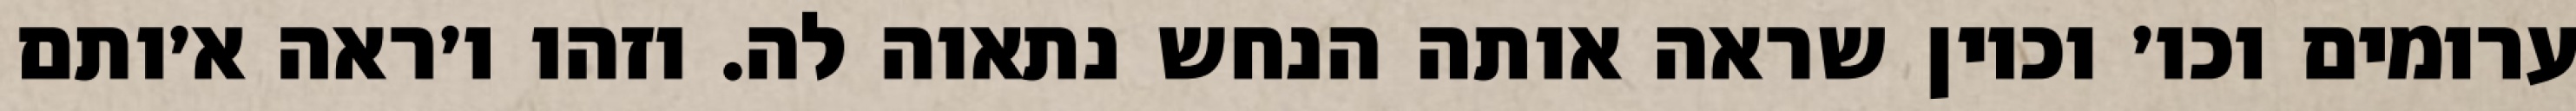
ערומים וכו׳ וכיון שראה אותה הנחש נתאוה לה. וזהו ו׳ראה א׳ותם